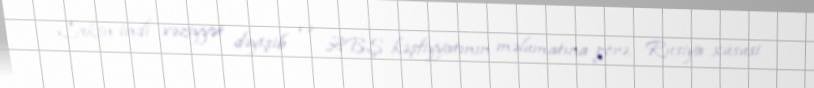
Lakin indi vəziyyət dəyişib və ABŞ kəşfiyyatının məlumatına görə, Rusiya xüsusi